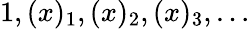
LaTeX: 1,(x)_{1},(x)_{2},(x)_{3},\dots